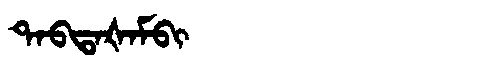
Manchu: ᡨᠠᠪᡨᠠᡧᠠᠮᠪᡳ
Romanization: TABTAŠAMBI